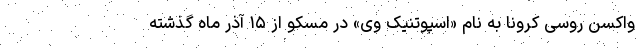
واکسن روسی کرونا به نام «اسپوتنیک وی» در مسکو از ۱۵ آذر ماه گذشته